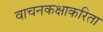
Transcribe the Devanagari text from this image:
वाचनकक्षाकरिता